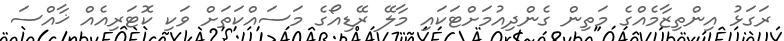
ރަގަޅު އިންތިޒާމެއްގެ މަތިން ގެންދިއުމަށްޓަކައި މާލޭ ރޭޑިއޯގެ މަސައްކަތަށް ވަކި ކޮޓަރިއެއް ޚާއްސަ